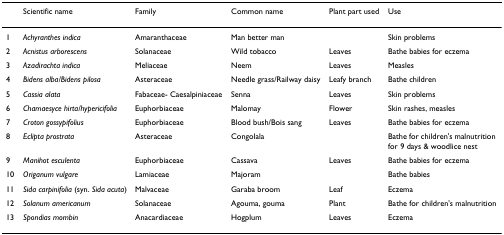
|  | Scientific name | Family | Common name | Plant part used | Use |
 | --- | --- | --- | --- | --- | --- |
 | 1 | Achyranthes indica | Amaranthaceae | Man better man |  | Skin problems |
 | 2 | Acnistus arborescens | Solanaceae | Wild tobacco | Leaves | Bathe babies for eczema |
 | 3 | Azadirachta indica | Meliaceae | Neem | Leaves | Measles |
 | 4 | Bidens alba/Bidens pilosa | Asteraceae | Needle grass/Railway daisy | Leafy branch | Bathe children |
 | 5 | Cassia alata | Fabaceae- Caesalpiniaceae | Senna | Leaves | Skin problems |
 | 6 | Chamaesyce hirta/hypericifolia | Euphorbiaceae | Malomay | Flower | Skin rashes, measles |
 | 7 | Croton gossypifolius | Euphorbiaceae | Blood bush/Bois sang | Leaves | Bathe babies for eczema |
 | 8 | Eclipta prostrata | Asteraceae | Congolala |  | Bathe for children's malnutrition for 9 days & woodlice nest |
 | 9 | Manihot esculenta | Euphorbiaceae | Cassava | Leaves | Bathe babies for eczema |
 | 10 | Origanum vulgare | Lamiaceae | Majoram |  | Bathe babies |
 | 11 | Sida carpinifolia (syn. Sida acuta) | Malvaceae | Garaba broom | Leaf | Eczema |
 | 12 | Solanum americanum | Solanaceae | Agouma, gouma | Plant | Bathe for children's malnutrition |
 | 13 | Spondias mombin | Anacardiaceae | Hogplum | Leaves | Eczema |